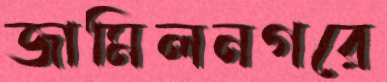
জামিলনগরে